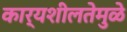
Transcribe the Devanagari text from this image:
कार्यशीलतेमुळे